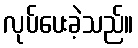
လုပ်ပေးခဲ့သည်။